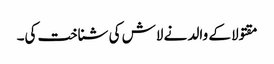
مقتولا کے والد نے لاش کی شناخت کی۔